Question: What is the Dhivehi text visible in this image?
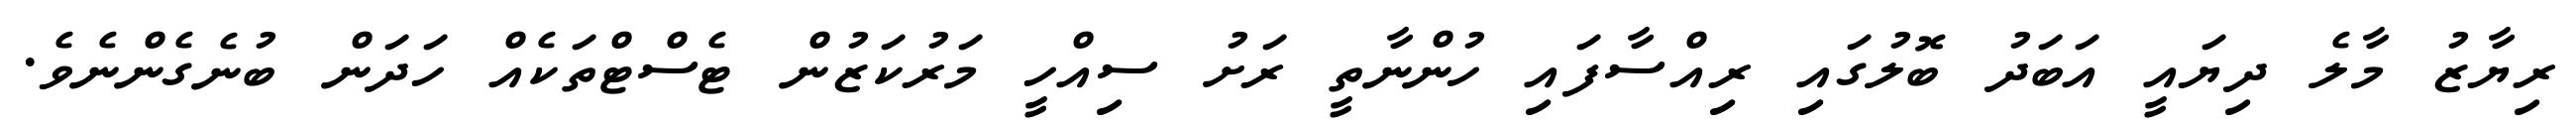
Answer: ރިޔާޒު މާލެ ދިޔައީ އަބަދު ބޮލުގައި ރިއްސާފައި ހުންނާތީ ރަށު ސިއްހީ މަރުކަޒުން ޓެސްޓްތަކެއް ހަދަން ބުނެގެންނެވެ.